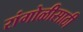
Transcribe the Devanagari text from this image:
रांगोळीसाठी